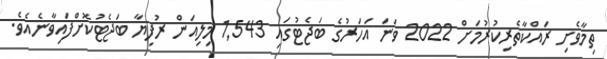
ތިމާވެށި ރައްކާތެރިކުރުމަށް 2022 ވަނަ އަހަރުގެ ބަޖެޓުގައި 1